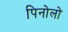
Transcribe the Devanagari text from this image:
पिनोलो